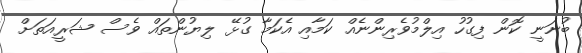
ބުނަނީ ކޮން ފިގުހު އިލްމުވެރިންނެއް ކަމާއި އެކަމާ ގުޅޭ ލިޔުންތައް ވެސް ޝަރީއަތަށް